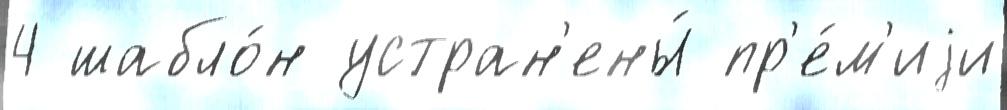
4 шабло́н устран'ены́ пр'е́м'иjи